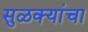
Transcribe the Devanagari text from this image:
सुळक्यांचा